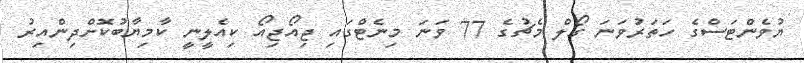
ޔުވެންޓަސްގެ ހަތަރުވަނަ ގޯލް މެޗުގެ 77 ވަނަ މިނެޓްގައި ޖިއޯޖިއޯ ކިއެލީނީ ކާމިޔާބުކޮށްދިންއިރު